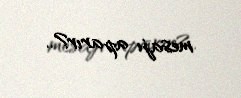
mesajı aparır?..